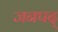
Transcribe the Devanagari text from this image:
जनपद्